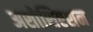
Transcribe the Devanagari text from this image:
अशोशिएशन